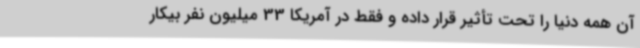
آن همه دنیا را تحت تأثیر قرار داده و فقط در آمریکا 33 میلیون نفر بیکار